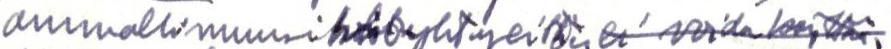
ammattimuusikkoyhtyeitten  ei voida käyttää.